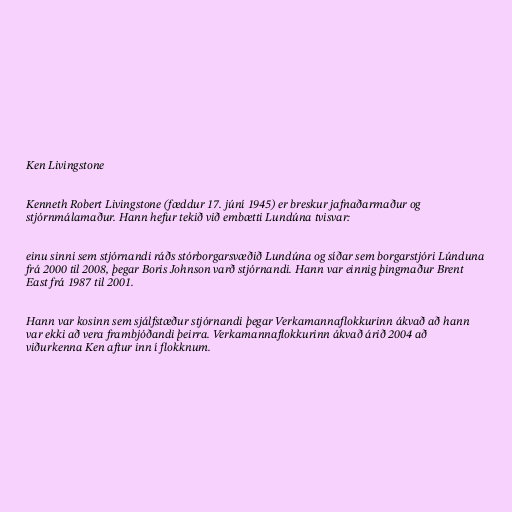
Ken Livingstone

Kenneth Robert Livingstone (fæddur 17. júní 1945) er breskur jafnaðarmaður og
stjórnmálamaður. Hann hefur tekið við embætti Lundúna tvisvar:

einu sinni sem stjórnandi ráðs stórborgarsvæðið Lundúna og síðar sem borgarstjóri Lúnduna
frá 2000 til 2008, þegar Boris Johnson varð stjórnandi. Hann var einnig þingmaður Brent
East frá 1987 til 2001.

Hann var kosinn sem sjálfstæður stjórnandi þegar Verkamannaflokkurinn ákvað að hann
var ekki að vera frambjóðandi þeirra. Verkamannaflokkurinn ákvað árið 2004 að
viðurkenna Ken aftur inn í flokknum.